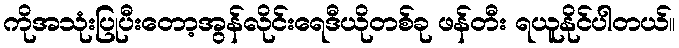
ကိုအသုံးပြုပီးတော့အွန်လိုင်းရေဒီယိုတစ်ခု ဖန်တီး ရယူနိုင်ပါတယ်။